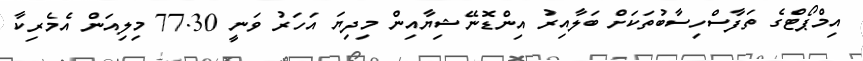
އިމްޕޯޓްގެ ތަފާސްހިސާބުތަކަށް ބަލާއިރު އިންޑޮނޭޝިޔާއިން މިދިޔަ އަހަރު ވަނީ 77.30 މިލިއަން އެމެރިކާ